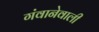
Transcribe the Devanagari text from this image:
गंवानेवाली